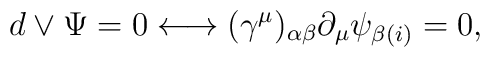
d\vee \Psi = 0 \longleftrightarrow (\gamma^\mu)_{\alpha\beta} \partial_\mu\psi_{\beta (i)} = 0,